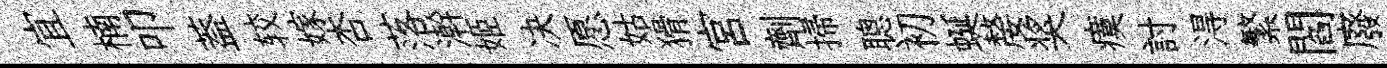
宜楠叩葢较嫁杏落澣姬决愿姑猾宫劑掃聰初蜒嫠奖瘼討淂繁閻廢